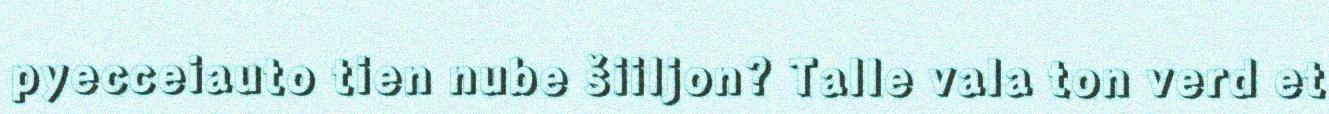
pyecceiauto tien nube šiiljon? Talle vala ton verd et